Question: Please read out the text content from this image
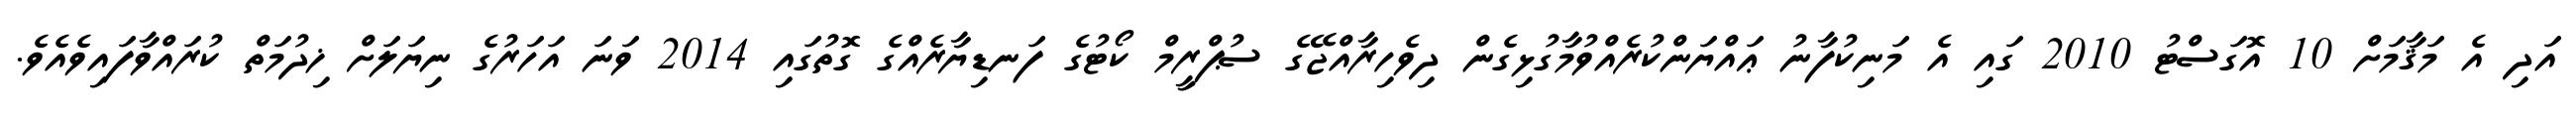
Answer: އަދި އެ މަޤާމަށް 10 އޮގަސްޓު 2010 ގައި އެ މަނިކުފާނު ޢައްޔަންކުރެއްވުމާގުޅިގެން ދިވެހިރާއްޖޭގެ ސުޕްރީމް ކޯޓުގެ ފަނޑިޔާރެއްގެ ގޮތުގައި 2014 ވަނަ އަހަރުގެ ނިޔަލަށް ޚިދުމަތް ކުރައްވާފައިވެއެވެ.